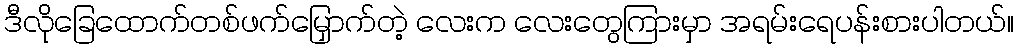
ဒီလိုခြေထောက်တစ်ဖက်မြှောက်တဲ့ လေးက လေးတွေကြားမှာ အရမ်းရေပန်းစားပါတယ်။